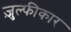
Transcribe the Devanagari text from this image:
ज़ुल्फीकार